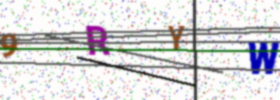
Text: 9RYW